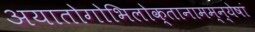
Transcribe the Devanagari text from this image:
अयातोगोभिलोक्तानामम्न्येषां